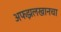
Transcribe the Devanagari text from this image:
अफझलखानचा